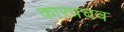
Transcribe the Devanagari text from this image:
कारपचव